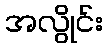
အလွိုင်း